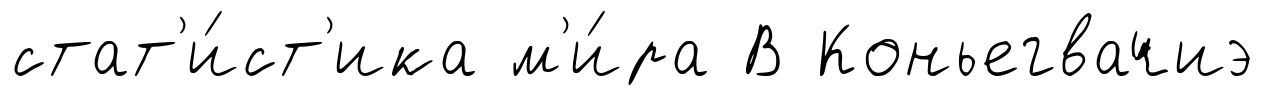
стат'и́ст'ика м'и́ра В Коньегвачиэ